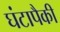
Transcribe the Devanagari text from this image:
घंटापैकी